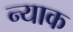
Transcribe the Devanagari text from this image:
न्याक